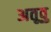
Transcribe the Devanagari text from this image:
अतूवु